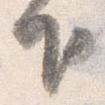
下